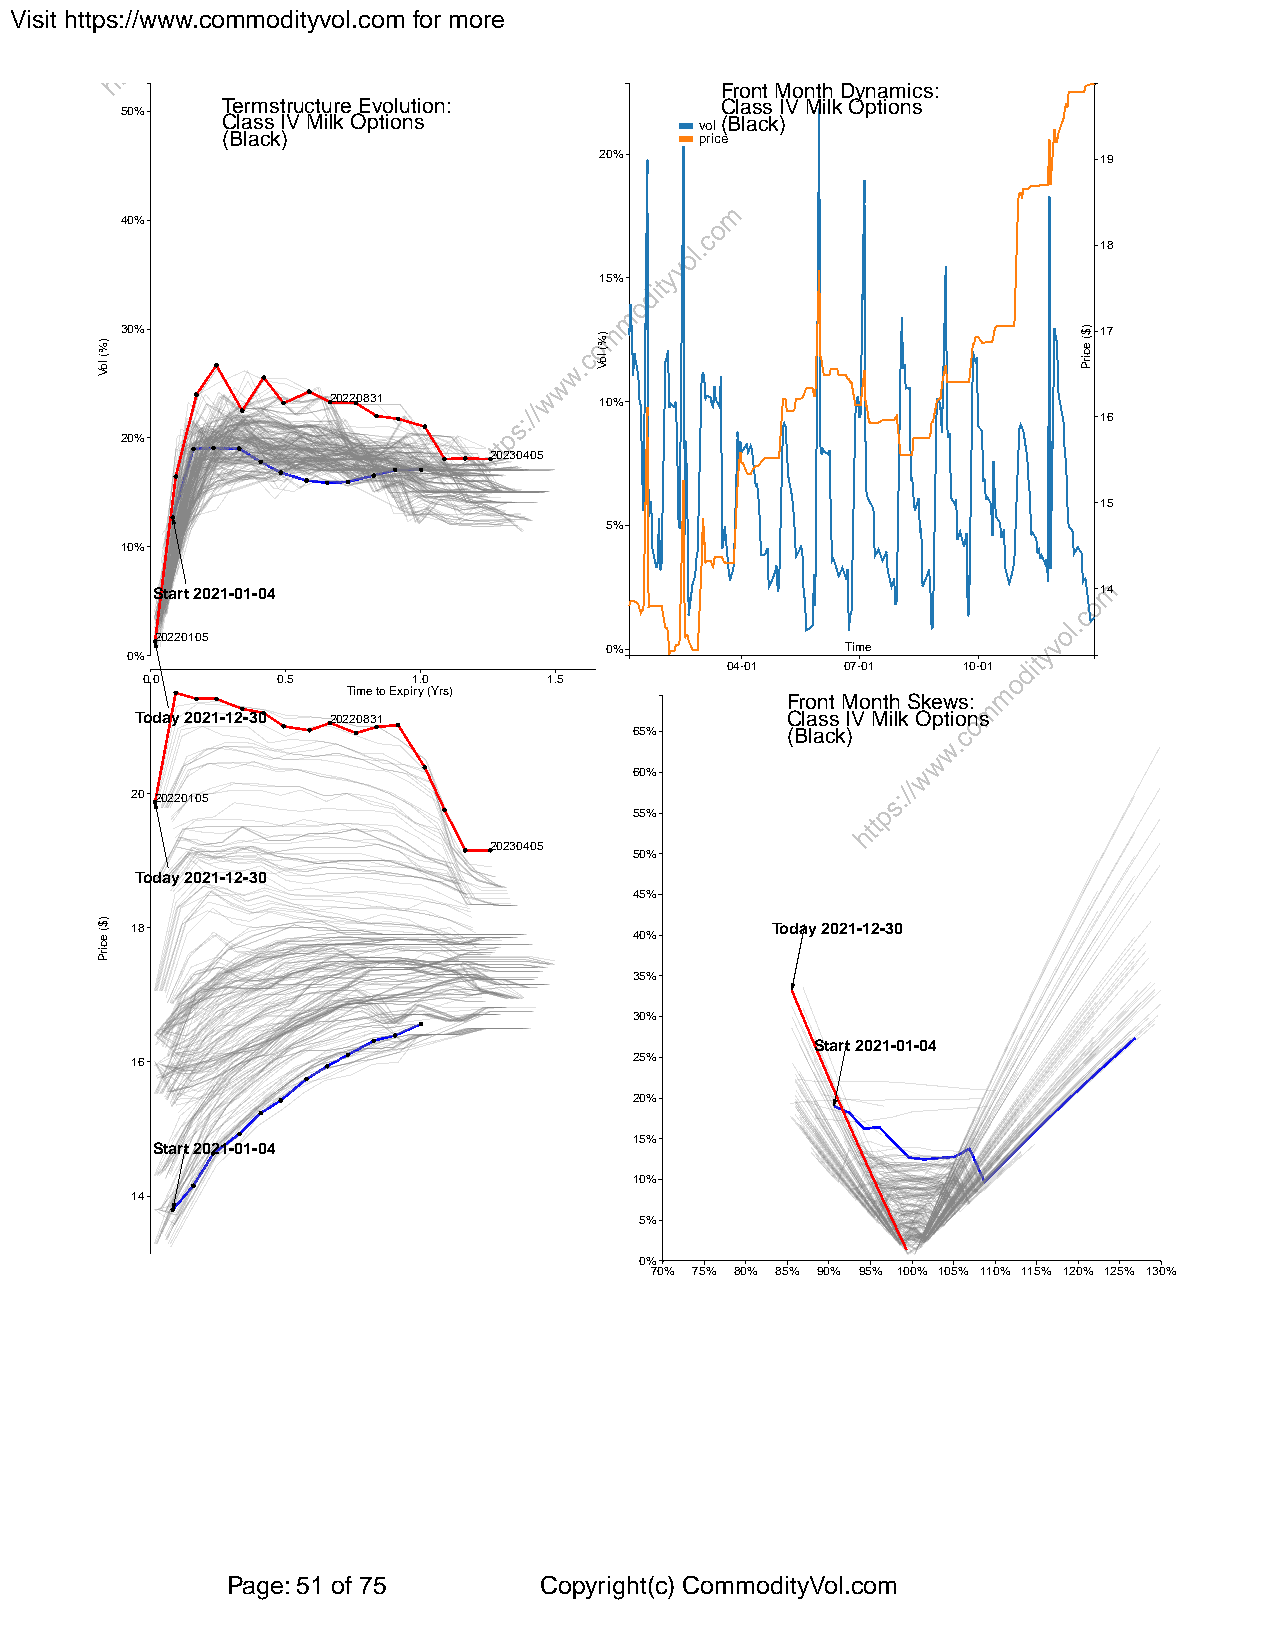
Visit https://www.commodityvol.com for more
 Front Month Dynamics:
 Termstructure Evolution:         Class IV Milk Options
 50%
 Class IV Milk Options          vol(Black)
 (Black)                        price
 20%                              19
 40%
 18
 15%
 30%                                                              17
 20220831          10%
 16
 20%
 20230405
 15
 5%
 10%
 Start 2021-01-04                                               14
 20220105
 0%              Time
 0%
 04-01   07-01   10-01
 0.0      0.5      1.0      1.5
 Time to Expiry (Yrs)
 Front Month Skews:
 Today 2021-12-30 20220831                  Class IV Milk Options
 65%       (Black)
 60%
 20 20220105
 55%
 20230405
 50%
 Today 2021-12-30
 45%
 18                                        Today 2021-12-30
 40%
 35%
 30%
 Start 2021-01-04
 16                               25%
 20%
 15%
 Start 2021-01-04
 10%
 14
 5%
 0%
 70% 75% 80% 85% 90% 95% 100% 105% 110% 115% 120% 125% 130%
 Page: 51 of 75       Copyright(c) CommodityVol.com
 )%(
 loV
 )$(
 ecirP
 )%(
 loV
 )$(
 ecirP